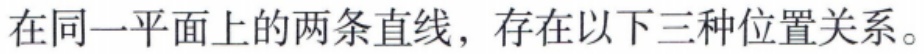
在同一平面上的两条直线，存在以下三种位置关系。